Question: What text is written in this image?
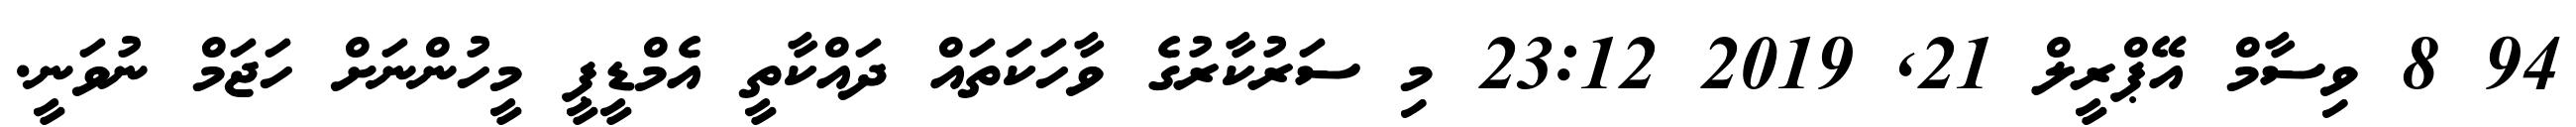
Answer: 94 8 ވިސާމް އޭޕްރީލް 21, 2019 23:12 މި ސަރުކާރުގެ ވާހަކަތައް ދައްކާތީ އެމްޑީޕީ މީހުންނަށް ހަޖަމް ނުވަނީ.